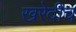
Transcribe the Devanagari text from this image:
खरेदीच